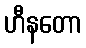
ဟီနတော